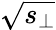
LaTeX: \sqrt{s_{\perp}}